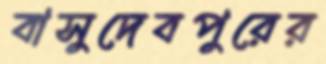
বাসুদেবপুরের